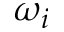
\omega _ { i }